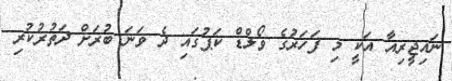
ނައިޖީރިއާ އަކީ މި ފަހަރުގެ ވޯލްޑް ކަޕުގައި ދެ ވަނަ ބުރަށް ދަތުރުކުރި